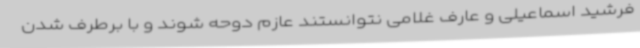
فرشید اسماعیلی و عارف غلامی نتوانستند عازم دوحه شوند و با برطرف شدن